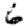
Digit: 6